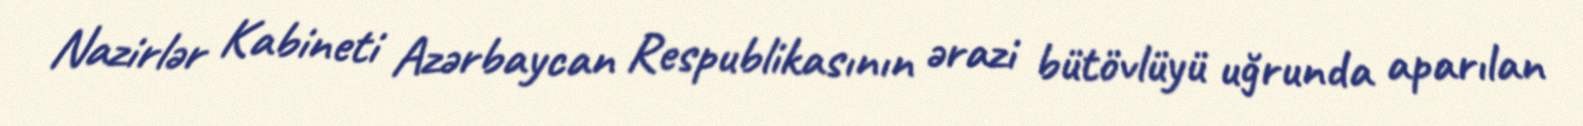
Nazirlər Kabineti Azərbaycan Respublikasının ərazi bütövlüyü uğrunda aparılan